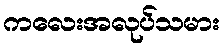
ကလေးအလုပ်သမား